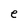
Character: e